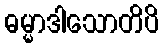
ဓမ္မာဒါသောတိပိ